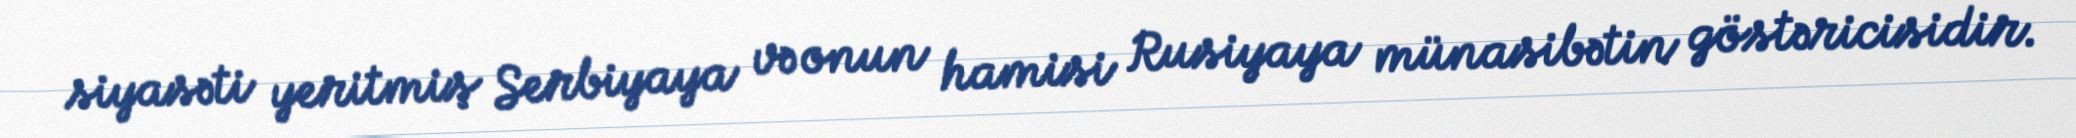
siyasəti yeritmiş Serbiyaya və onun hamisi Rusiyaya münasibətin göstəricisidir.